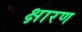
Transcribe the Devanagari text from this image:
क्षारण